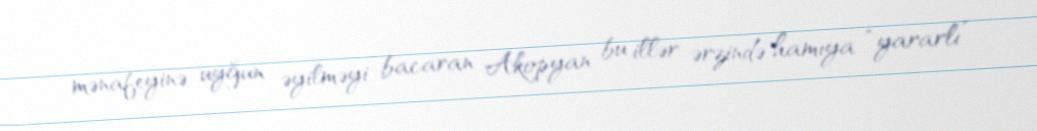
mənafeyinə uyğun əyilməyi bacaran Akopyan bu illər ərzində hamıya “yararlı”